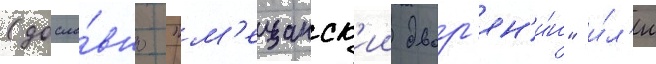
(досло́вно "м'ещанск'ии двор'ян'и́н" и́л'и